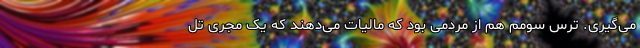
می‌گیری. ترس سومم هم از مردمی بود که مالیات می‌دهند که یک مجری تل